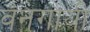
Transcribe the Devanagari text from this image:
वनगायी